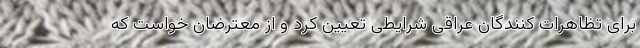
برای تظاهرات کنندگان عراقی شرایطی تعیین کرد و از معترضان خواست که